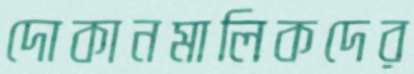
দোকানমালিকদের